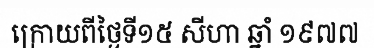
ក្រោយពីថ្ងៃទី១៥ សីហា ឆ្នាំ ១៩៧៧